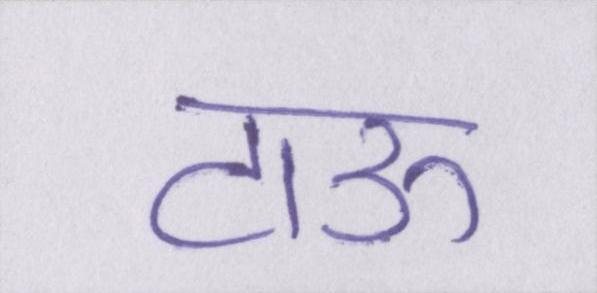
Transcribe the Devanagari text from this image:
टाऊ